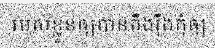
របស់ខ្លួនឲ្យបានតឹងរ៉ឹងកុំឲ្យ